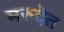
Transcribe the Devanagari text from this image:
मरुदेत